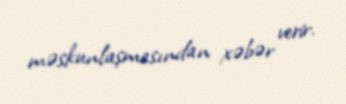
məskunlaşmasından xəbər verir.